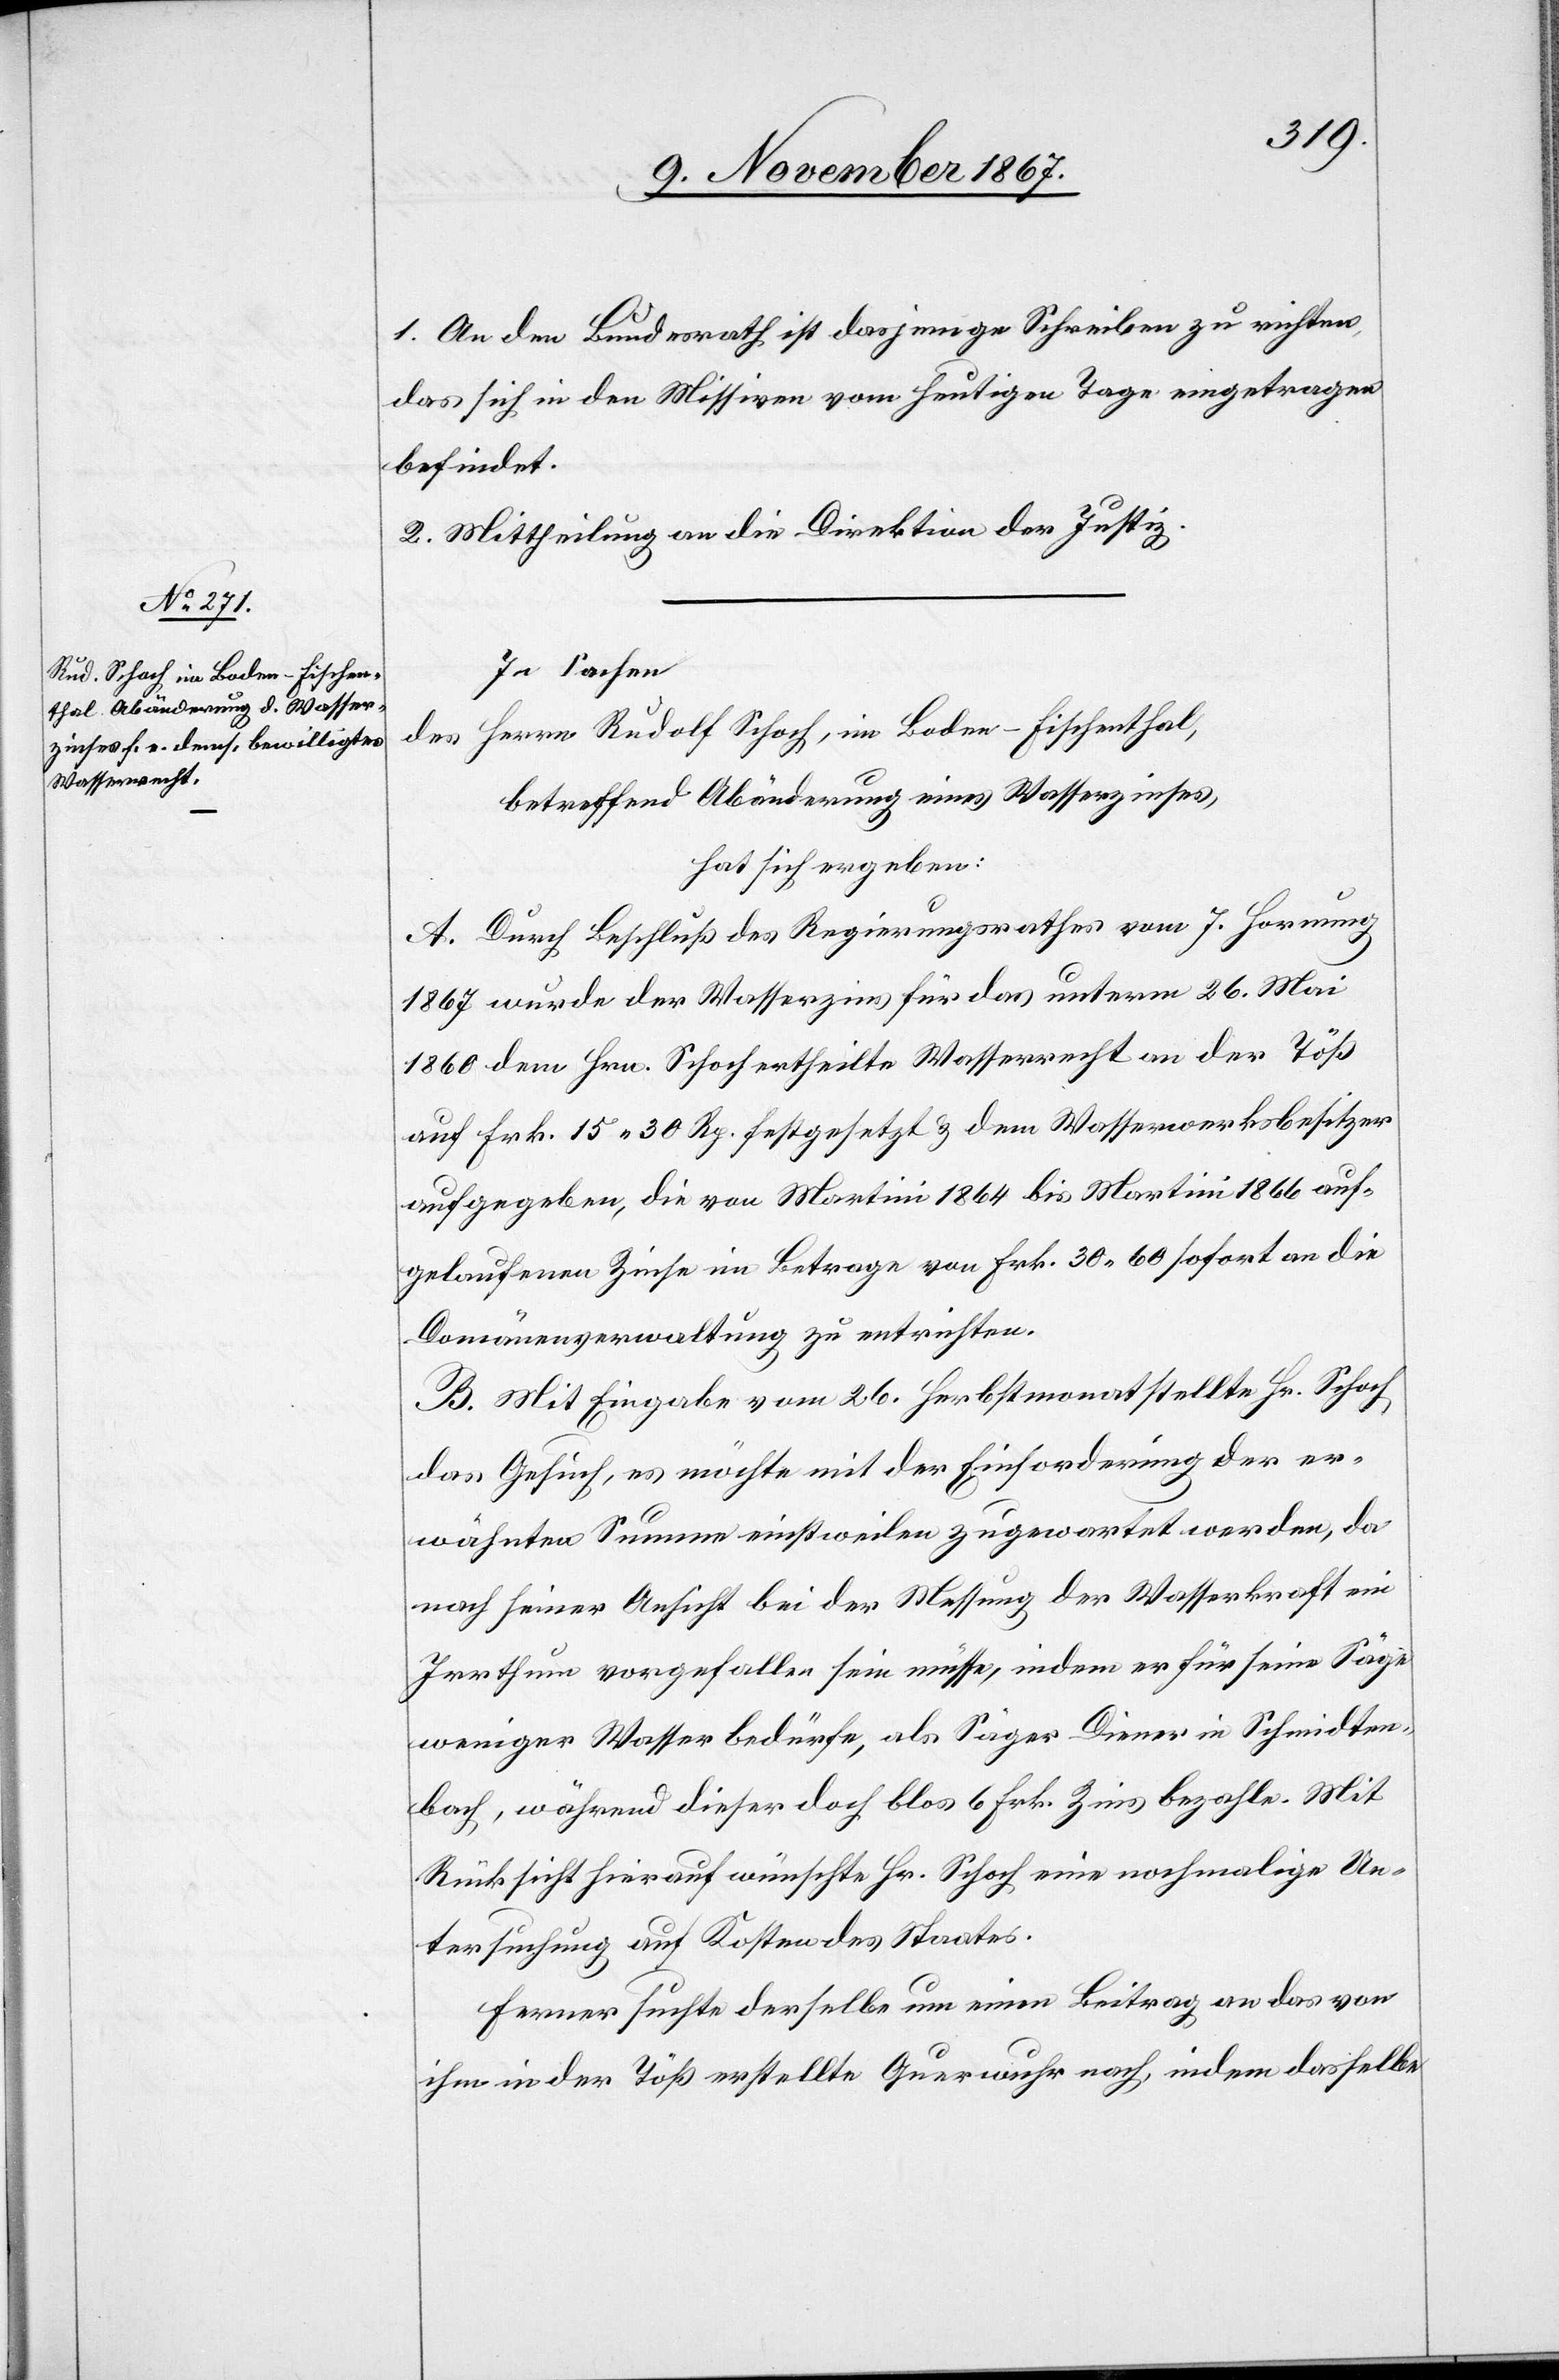
1. An den Bundesrath ist dasjenige Schreiben zu richten,
das sich in den Missiven vom heutigen Tage eingetragen
befindet.
2. Mittheilung an die Direktion der Justiz.
In Sachen
des Herrn Rudolf Schoch, im Boden - Fischenthal,
betreffend Abänderung eines Wasserzinses,
hat sich ergeben:
A. Durch Beschluß des Regierungsrathes vom 7. Hornung
1867 wurde der Wasserzins für das unterm 26. Mai
1860 dem Hrn. Schoch ertheilte Wasserrecht an der Töß
auf Frk. 15.30 Rp. festgesetzt u. dem Wasserwerksbesitzer
aufgegeben, die von Martini 1864 bis Martini 1866 auf¬
gelaufenen Zinse im Betrage von Frk. 30.60 sofort an die
Domänenverwaltung zu entrichten.
B. Mit Eingabe vom 26. Herbstmonat stellte Hr. Schoch
das Gesuch, es möchte mit der Einforderung der er¬
wähnten Summe einstweilen zugewartet werden, da
nach seiner Ansicht bei der Messung der Wasserkraft ein
Irrthum vorgefallen sein müsse, indem er für seine Säge
weniger Wasser bedürfe, als Säger Diener in Schmidten¬
bach, während dieser doch blos 6 Frk. Zins bezahle. Mit
Rücksicht hierauf wünschte Hr. Schoch eine nochmalige Un¬
tersuchung auf Kosten des Staates.
Ferner suchte derselbe um einen Beitrag an das von
ihm in der Töß erstellte Querwuhr nach, indem dasselbe